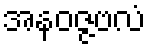
အနဝဇ္ဇဗလံ